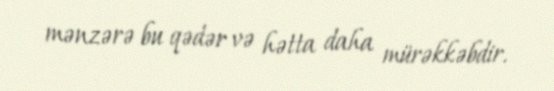
mənzərə bu qədər və hətta daha mürəkkəbdir.